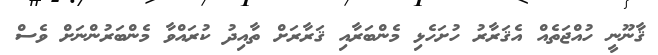
ޤާނޫނީ ހުއްޖަތެއް އެޤަރާރު ހުށަހެޅި މެންބަރާއި ޤަރާރަށް ތާއިދު ކުރައްވާ މެންބަރުންނަށް ވެސް